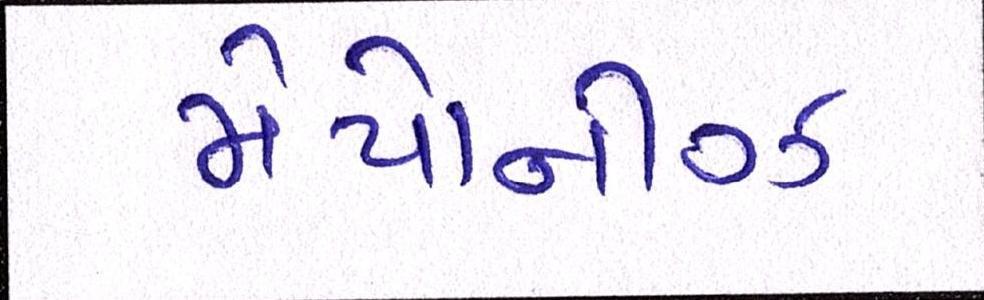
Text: મેયોનીઝ